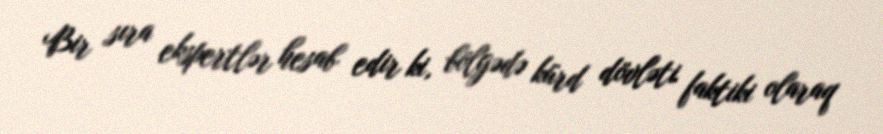
Bir sıra ekspertlər hesab edir ki, bölgədə kürd dövləti faktiki olaraq